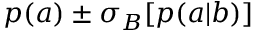
p ( a ) \pm \sigma _ { B } [ p ( a | b ) ]